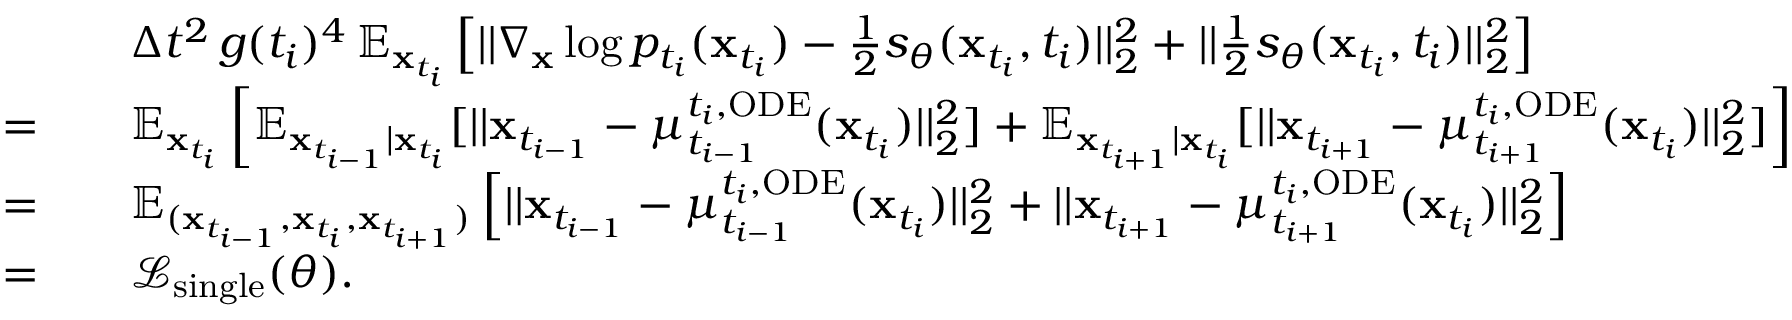
\begin{array} { r l } & { \quad \Delta t ^ { 2 } \, g ( t _ { i } ) ^ { 4 } \, \mathbb { E } _ { \mathbf { x } _ { t _ { i } } } \left[ | | \nabla _ { \mathbf { x } } \log p _ { t _ { i } } ( \mathbf { x } _ { t _ { i } } ) - \frac { 1 } { 2 } s _ { \theta } ( \mathbf { x } _ { t _ { i } } , t _ { i } ) | | _ { 2 } ^ { 2 } + | | \frac { 1 } { 2 } s _ { \theta } ( \mathbf { x } _ { t _ { i } } , t _ { i } ) | | _ { 2 } ^ { 2 } \right] } \\ { = } & { \quad \mathbb { E } _ { \mathbf { x } _ { t _ { i } } } \left[ \mathbb { E } _ { \mathbf { x } _ { t _ { i - 1 } } | \mathbf { x } _ { t _ { i } } } [ | | \mathbf { x } _ { t _ { i - 1 } } - \mu _ { t _ { i - 1 } } ^ { t _ { i } , \mathrm { O D E } } ( \mathbf { x } _ { t _ { i } } ) | | _ { 2 } ^ { 2 } ] + \mathbb { E } _ { \mathbf { x } _ { t _ { i + 1 } } | \mathbf { x } _ { t _ { i } } } [ | | \mathbf { x } _ { t _ { i + 1 } } - \mu _ { t _ { i + 1 } } ^ { t _ { i } , \mathrm { O D E } } ( \mathbf { x } _ { t _ { i } } ) | | _ { 2 } ^ { 2 } ] \right] } \\ { = } & { \quad \mathbb { E } _ { ( \mathbf { x } _ { t _ { i - 1 } } , \mathbf { x } _ { t _ { i } } , \mathbf { x } _ { t _ { i + 1 } } ) } \left[ | | \mathbf { x } _ { t _ { i - 1 } } - \mu _ { t _ { i - 1 } } ^ { t _ { i } , \mathrm { O D E } } ( \mathbf { x } _ { t _ { i } } ) | | _ { 2 } ^ { 2 } + | | \mathbf { x } _ { t _ { i + 1 } } - \mu _ { t _ { i + 1 } } ^ { t _ { i } , \mathrm { O D E } } ( \mathbf { x } _ { t _ { i } } ) | | _ { 2 } ^ { 2 } \right] } \\ { = } & { \quad \mathcal { L } _ { \mathrm { s i n g l e } } ( \theta ) . } \end{array}